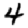
Digit: 4